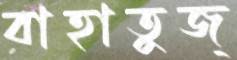
বাহাতুজ্